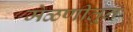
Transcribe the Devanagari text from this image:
मेळणीतून